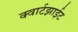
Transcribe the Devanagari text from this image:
क्वार्टझाईट